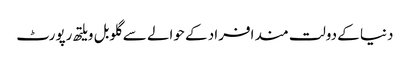
دنیا کے دولت مند افراد کے حوالے سے گلوبل ویلتھ رپورٹ